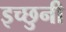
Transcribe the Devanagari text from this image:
इच्छुनी